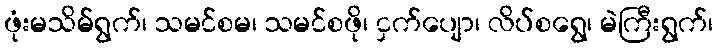
ဖုံးမသိမ်ရွက်၊ သမင်စမ၊ သမင်စဖို၊ ငှက်ပျော၊ လိပ်စရွေ၊ မဲကြီးရွက်၊